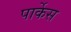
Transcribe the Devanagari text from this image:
पार्केस